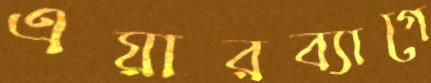
এয়ারব্যাগে